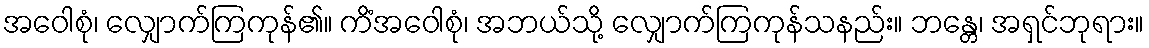
အဝေါစုံ၊ လျှောက်ကြကုန်၏။ ကိံအဝေါစုံ၊ အဘယ်သို့ လျှောက်ကြကုန်သနည်း။ ဘန္တေ၊ အရှင်ဘုရား။